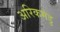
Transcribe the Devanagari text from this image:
अरिकमेडु